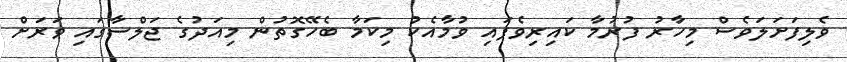
ވެލިފަށަލަވެސް މިހާރު ފުރުމާ ކައިރިވެފައި ވުމާއެކު މިކަމާ ބެހޭގޮތުން މިއަދުގެ ޖަލްސާގައި ވަރަށް